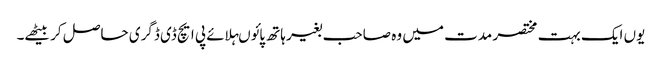
یوں ایک بہت مختصر مدت میں وہ صاحب بغیر ہاتھ پائوںہلائے پی ایچ ڈی ڈگری حاصل کر بیٹھے۔